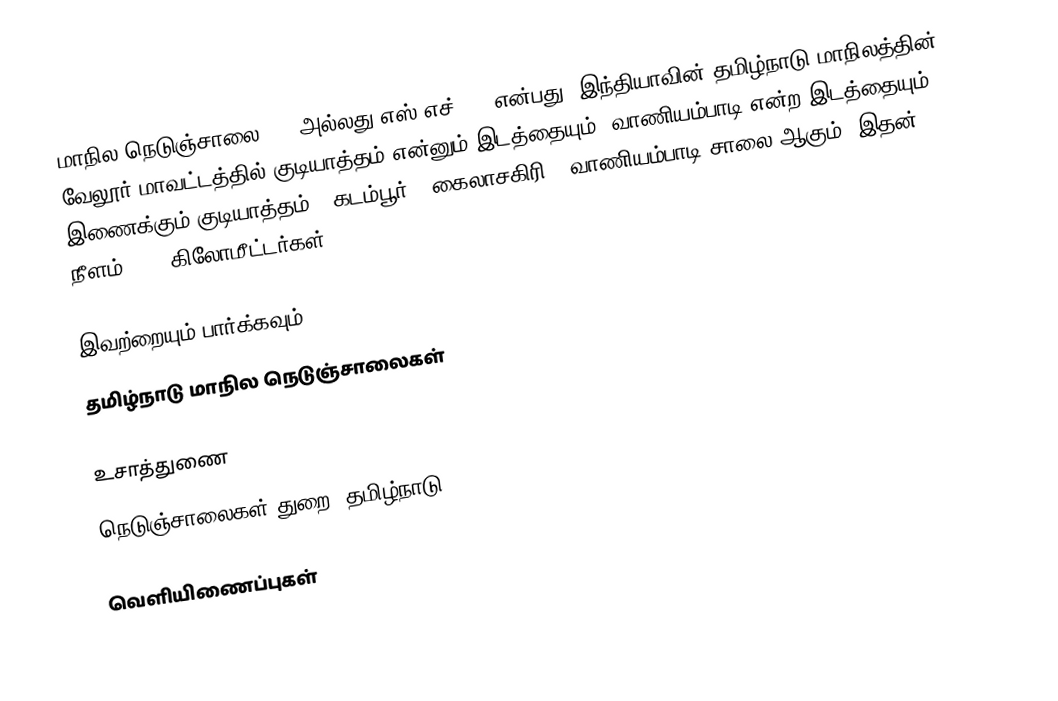
மாநில நெடுஞ்சாலை 130 அல்லது எஸ்.எச்-130 என்பது, இந்தியாவின் தமிழ்நாடு மாநிலத்தின் வேலூர் மாவட்டத்தில் குடியாத்தம் என்னும் இடத்தையும், வாணியம்பாடி என்ற இடத்தையும் இணைக்கும் குடியாத்தம் - கடம்பூர் - கைலாசகிரி - வாணியம்பாடி சாலை ஆகும். இதன் நீளம் 41.4  கிலோமீட்டர்கள் .

இவற்றையும் பார்க்கவும்
 தமிழ்நாடு மாநில நெடுஞ்சாலைகள்

உசாத்துணை
 நெடுஞ்சாலைகள் துறை, தமிழ்நாடு

வெளியிணைப்புகள்